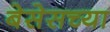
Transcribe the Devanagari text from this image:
बेसेसच्या